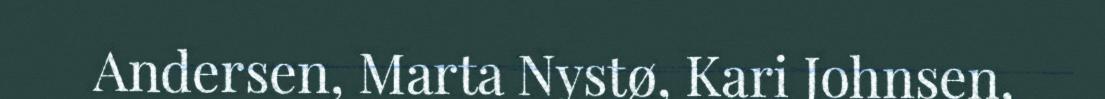
Andersen, Marta Nystø, Kari Johnsen,